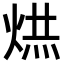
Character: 𭴹